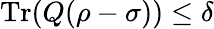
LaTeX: \operatorname{Tr}(Q(\rho-\sigma))\leq\delta